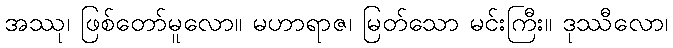
အဿု၊ ဖြစ်တော်မူလော။ မဟာရာဇ၊ မြတ်သော မင်းကြီး။ ဒုဿီလော၊